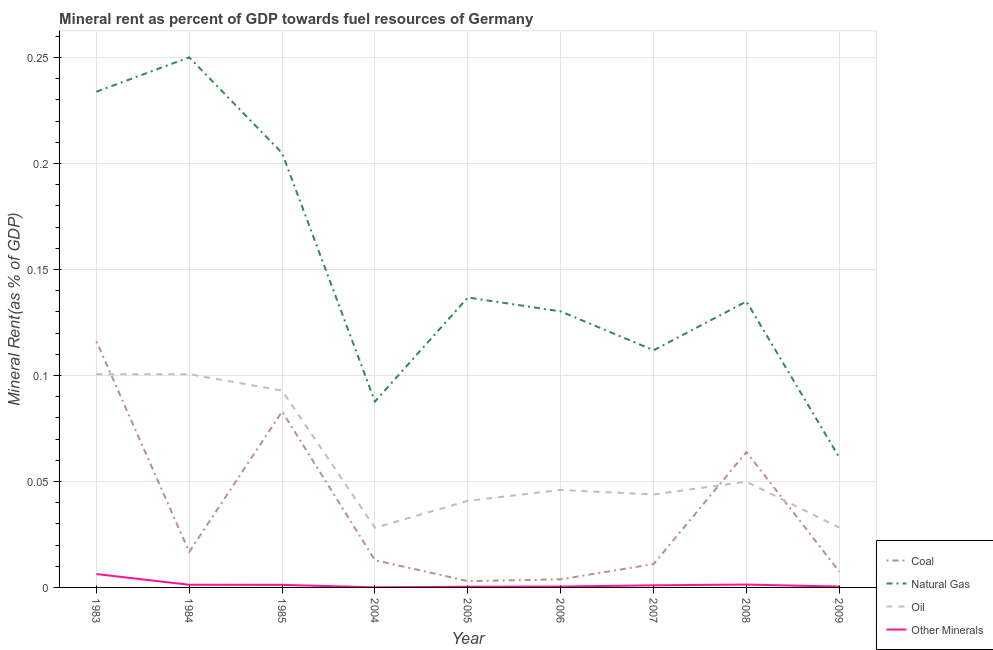
| Year | Coal | Natural Gas | Oil | Other Minerals |
 | --- | --- | --- | --- | --- |
 | 1983 | 0.116 | 0.234 | 0.101 | 0.00631 |
 | 1984 | 0.0168 | 0.25 | 0.101 | 0.00125 |
 | 1985 | 0.083 | 0.205 | 0.0929 | 0.00121 |
 | 2004 | 0.0129 | 0.0877 | 0.0281 | 4.35e-05 |
 | 2005 | 0.00297 | 0.137 | 0.0408 | 0.000337 |
 | 2006 | 0.00383 | 0.13 | 0.046 | 0.000416 |
 | 2007 | 0.011 | 0.112 | 0.0438 | 0.000997 |
 | 2008 | 0.0639 | 0.135 | 0.0499 | 0.00135 |
 | 2009 | 0.00744 | 0.0613 | 0.0282 | 0.000402 |